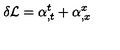
\delta { \cal L } = \alpha _ { , t } ^ { t } + \alpha _ { , x } ^ { x }